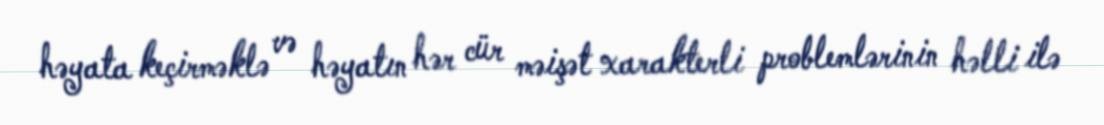
həyata keçirməklə və həyatın hər cür məişət xarakterli problemlərinin həlli ilə